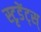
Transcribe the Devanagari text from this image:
स्टृडेंट्स्